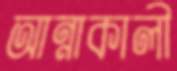
আন্নাকালী